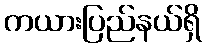
ကယားပြည်နယ်ရှိ